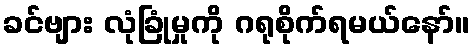
ခင်ဗျား လုံခြုံမှုကို ဂရုစိုက်ရမယ်နော်။